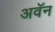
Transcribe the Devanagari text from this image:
अवॅन